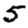
Digit: 5